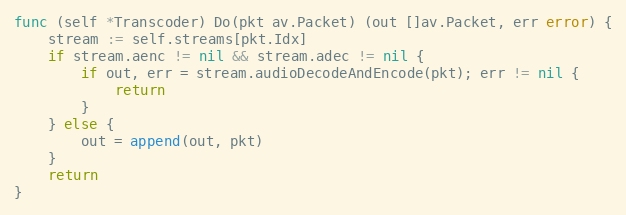
Language: Go
func (self *Transcoder) Do(pkt av.Packet) (out []av.Packet, err error) {
	stream := self.streams[pkt.Idx]
	if stream.aenc != nil && stream.adec != nil {
		if out, err = stream.audioDecodeAndEncode(pkt); err != nil {
			return
		}
	} else {
		out = append(out, pkt)
	}
	return
}